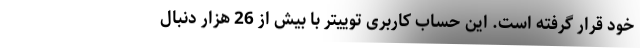
خود قرار گرفته است. این حساب کاربری توییتر با بیش از 26 هزار دنبال